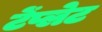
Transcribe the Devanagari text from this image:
टेंप्लेट